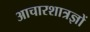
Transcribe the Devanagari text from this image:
आचारशात्रज्ञों